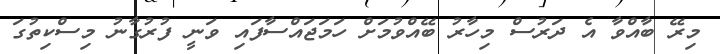
މިރޭ ބާއްވާ އެ ދަރުސް މިހާރު ބޭއްވުމަށް ހަމަޖައްސާފައި ވަނީ ފުރުގާނު މިސްކިތުގަ